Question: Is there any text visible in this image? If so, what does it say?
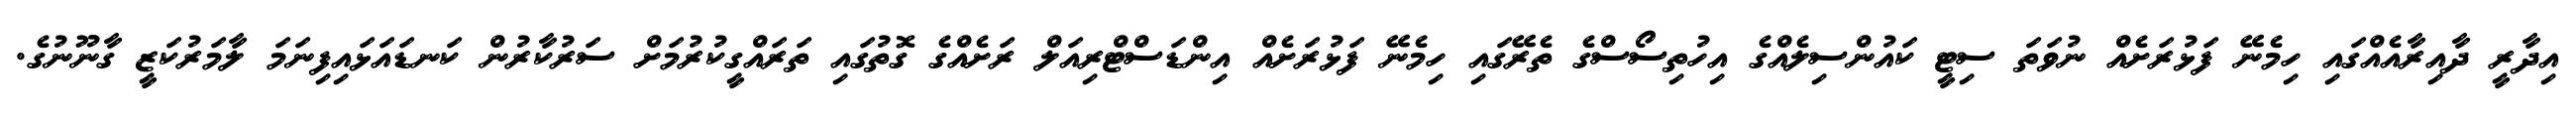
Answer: އިދާރީ ދާއިރާއެއްގައި ހިމެނޭ ފަޅުރަށެއް ނުވަތަ ސިޓީ ކައުންސިލެއްގެ އިހުތިސޯސްގެ ތެރޭގައި ހިމެނޭ ފަޅުރަށެއް އިންޑަސްޓްރިއަލް ރަށެއްގެ ގޮތުގައި ތަރައްގީކުރުމަށް ސަރުކާރުން ކަނޑައަޅައިފިނަމަ ލާމަރުކަޒީ ގާނޫނުގެ.